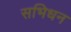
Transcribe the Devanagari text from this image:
सभिधन